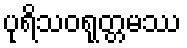
ပုရိသဝရုတ္တမဿ